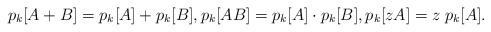
LaTeX: \begin{align*}p_k[A+B]=p_k[A]+p_k[B], p_k[AB]=p_k[A] \cdot p_k[B], p_k[zA]=z \; p_k[A].\end{align*}